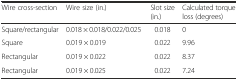
<table><thead><tr><td><b>Wire cross-section</b></td><td><b>Wire size (in.)</b></td><td><b>Slot size (in.)</b></td><td><b>Calculated torque loss (degrees)</b></td></tr></thead><tbody><tr><td>Square/rectangular</td><td>0.018 × 0.018/0.022/0.025</td><td>0.018</td><td>0</td></tr><tr><td>Square</td><td>0.019 × 0.019</td><td>0.022</td><td>9.96</td></tr><tr><td>Rectangular</td><td>0.019 × 0.022</td><td>0.022</td><td>8.37</td></tr><tr><td>Rectangular</td><td>0.019 × 0.025</td><td>0.022</td><td>7.24</td></tr></tbody></table>